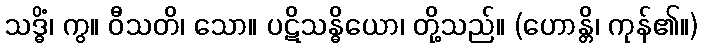
သဒ္ဓိံ၊ ကွ။ ဝီသတိ၊ သော။ ပဋိသန္ဓိယော၊ တို့သည်။ (ဟောန္တိ၊ ကုန်၏။)